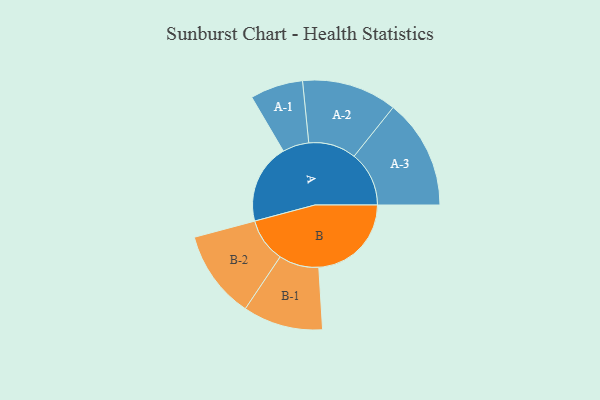
{"axis": {"x": "Segment", "y": "Value"}, "legend": ["", "A", "B"], "data": [{"x": "A", "y": 411, "type": ""}, {"x": "B", "y": 477, "type": ""}, {"x": "A-1", "y": 136, "type": "A"}, {"x": "A-2", "y": 245, "type": "A"}, {"x": "A-3", "y": 283, "type": "A"}, {"x": "B-1", "y": 206, "type": "B"}, {"x": "B-2", "y": 227, "type": "B"}]}